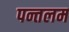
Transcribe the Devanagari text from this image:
पन्तलम